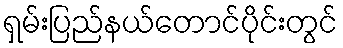
ရှမ်းပြည်နယ်တောင်ပိုင်းတွင်